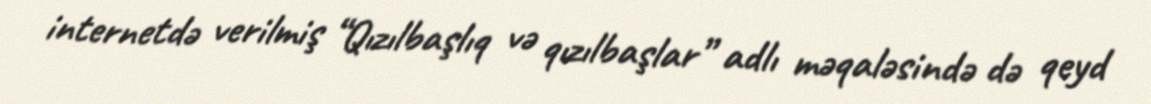
internetdə verilmiş “Qızılbaşlıq və qızılbaşlar” adlı məqaləsində də qeyd